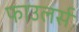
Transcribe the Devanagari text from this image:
फाउलर्स